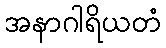
အနာဂါရိယတံ